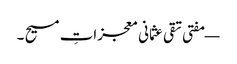
— مفتی تقی عثمانی معجزاتِ مسیح ۔